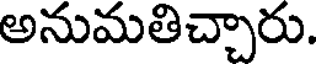
అనుమతిచ్చారు.